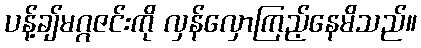
ပန့်ချ်မဂ္ဂဇင်းကို လှန်လှောကြည့်နေမိသည်။